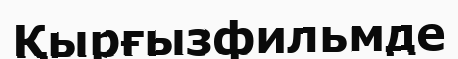
Қырғызфильмде